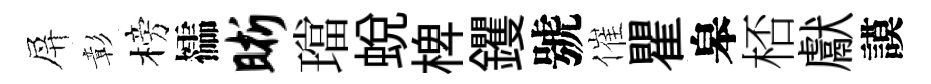
屏彰榜櫺晰璫蛻椑钁號催瞿皋桮獻謨